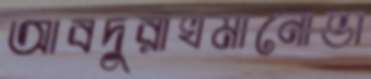
আবদুরাখমানোভা